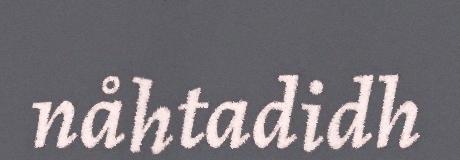
nåhtadidh